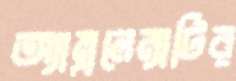
অ্যাম্বুলেন্সটির